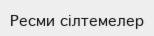
Ресми сілтемелер